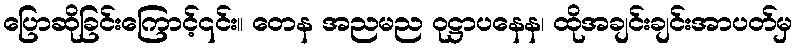
ပြောဆိုခြင်းကြောင့်၎င်း။ တေန အညမည ဝုဋ္ဌာပနေန၊ ထိုအချင်းချင်းအာပတ်မှ